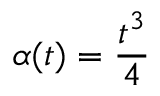
\alpha ( t ) = \frac { t ^ { 3 } } { 4 }